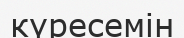
күресемін